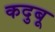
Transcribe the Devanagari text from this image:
कदुबू